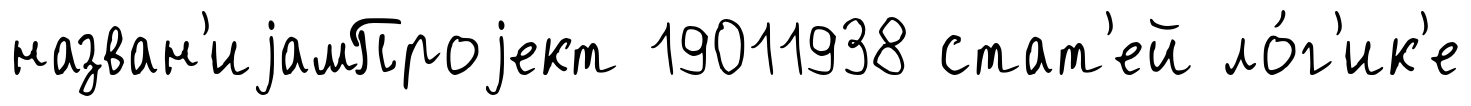
назван'иjамПроjект 19011938 стат'ей ло́г'ик'е